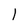
Character: I